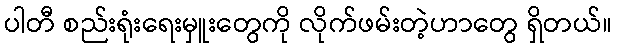
ပါတီ စည်းရုံးရေးမှူးတွေကို လိုက်ဖမ်းတဲ့ဟာတွေ ရှိတယ်။